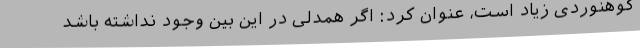
کوهنوردی زیاد است، عنوان کرد: اگر همدلی در این بین وجود نداشته باشد